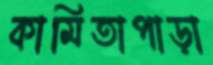
কামিতাপাড়া